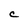
Character: C